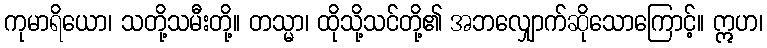
ကုမာရိယော၊ သတို့သမီးတို့။ တသ္မာ၊ ထိုသို့သင်တို့၏ အဘလျှောက်ဆိုသောကြောင့်။ ဣဟ၊